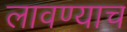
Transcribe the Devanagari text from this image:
लावण्याच